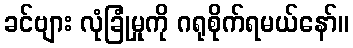
ခင်ဗျား လုံခြုံမှုကို ဂရုစိုက်ရမယ်နော်။